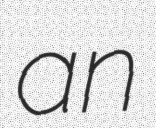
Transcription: an